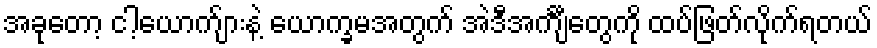
အခုတော့ ငါ့ယောက်ျားနဲ့ ယောက္ခမအတွက် အဲဒီအင်္ကျီတွေကို ထပ်ဖြတ်လိုက်ရတယ်